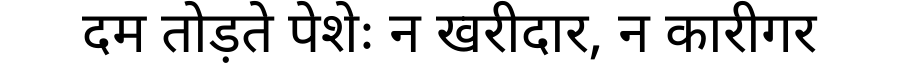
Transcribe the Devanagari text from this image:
दम तोड़ते पेशेः न खरीदार, न कारीगर